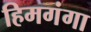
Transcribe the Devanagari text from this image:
हिमगंगा